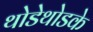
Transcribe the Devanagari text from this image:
थोडेथोडके